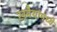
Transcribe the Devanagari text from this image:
खवैयांमध्ये